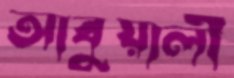
আবুয়ালী